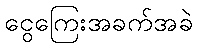
ငွေကြေးအခက်အခဲ